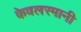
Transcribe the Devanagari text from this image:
केवलरमानी